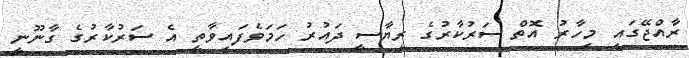
ރާއްޖޭގައި މިހާރު އޮތް ސަރުކާރުގެ ރިޔާސީ ދައުރު ހަމަވެފައިވާތީ އެ ސަރުކާރުގެ ގާނޫނީ